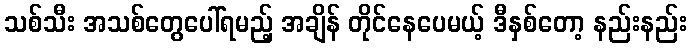
သစ်သီး အသစ်တွေပေါ်ရမည့် အချိန် တိုင်နေပေမယ့် ဒီနှစ်တော့ နည်းနည်း